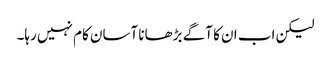
لیکن اب ان کا آگے بڑھانا آسان کام نہیں رہا۔